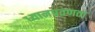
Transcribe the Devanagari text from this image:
ध्यानप्रवणता